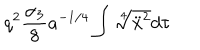
q ^ { 2 } \frac { \alpha _ { 3 } } 8 a ^ { - 1 / 4 } \int { \sqrt [ [object Object] ] ] { \ddot { x } ^ { 2 } } } d \tau